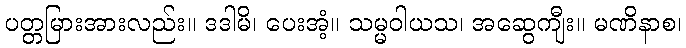
ပတ္တမြားအားလည်း။ ဒဒါမိ၊ ပေးအံ့။ သမ္မဝါယသ၊ အဆွေကျီး။ မဏိနာစ၊